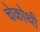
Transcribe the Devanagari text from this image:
चेकोथी